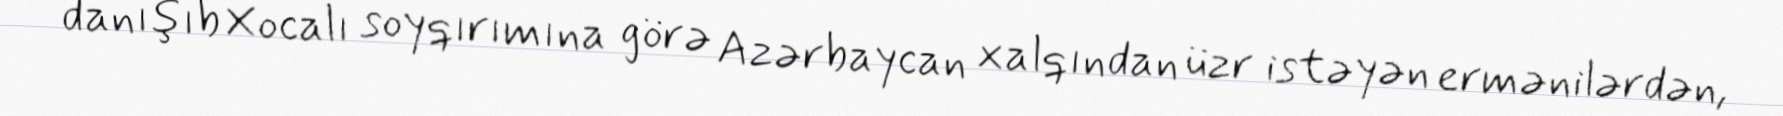
danışıb Xocalı soyqırımına görə Azərbaycan xalqından üzr istəyən ermənilərdən,